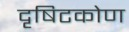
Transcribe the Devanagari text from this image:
दृषिटकोण